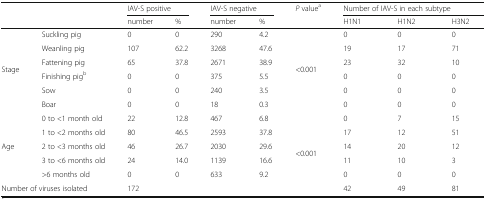
|  |  | <COLSPAN=2> IAV-S positive | <COLSPAN=2> IAV-S negative | P valuea | <COLSPAN=3> Number of IAV-S in each subtype |
 |  |  | number | % | number | % |  | H1N1 | H1N2 | H3N2 |
 | --- | --- | --- | --- | --- | --- | --- | --- | --- | --- |
 | <ROWSPAN=6> Stage | Suckling pig | 0 | 0 | 290 | 4.2 | <ROWSPAN=6> <0.001 | 0 | 0 | 0 |
 | Weanling pig | 107 | 62.2 | 3268 | 47.6 | 19 | 17 | 71 |
 | Fattening pig | 65 | 37.8 | 2671 | 38.9 | 23 | 32 | 10 |
 | Finishing pigb | 0 | 0 | 375 | 5.5 | 0 | 0 | 0 |
 | Sow | 0 | 0 | 240 | 3.5 | 0 | 0 | 0 |
 | Boar | 0 | 0 | 18 | 0.3 | 0 | 0 | 0 |
 | <ROWSPAN=5> Age | 0 to <1 month old | 22 | 12.8 | 467 | 6.8 | <ROWSPAN=6> <0.001 | 0 | 7 | 15 |
 | 1 to <2 months old | 80 | 46.5 | 2593 | 37.8 | 17 | 12 | 51 |
 | 2 to <3 months old | 46 | 26.7 | 2030 | 29.6 | 14 | 20 | 12 |
 | 3 to <6 months old | 24 | 14.0 | 1139 | 16.6 | 11 | 10 | 3 |
 | >6 months old | 0 | 0 | 633 | 9.2 | 0 | 0 | 0 |
 | <COLSPAN=2> Number of viruses isolated | 172 |  |  |  | 42 | 49 | 81 |